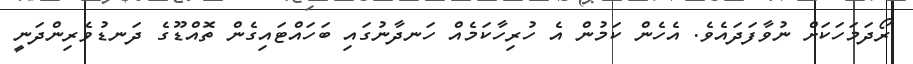
ރޯދަމަހަކަށް ނުވާފަދައެވެ. އެހެން ކަމުން އެ ހުރިހާކަމެއް ހަނދާނުގައި ބަހައްޓައިގެން ތޮއްޑޫގެ ދަނޑުވެރިންދަނީ